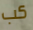
كب